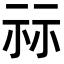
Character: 祘